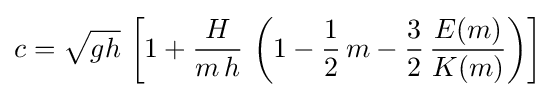
c={\sqrt {gh}}\,\left[1+{\frac {H}{m\,h}}\,\left(1-{\frac {1}{2}}\,m-{\frac {3}{2}}\,{\frac {E(m)}{K(m)}}\right)\right]